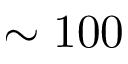
\sim 1 0 0